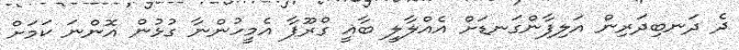
ދެ ދަނބިދަރިން އަލިފާންގަނޑަށް އެއްލާލީ ބާޣީ ގްރޫޕާ އެމީހުންނާ ގުޅުން އޮންނަ ކަމަށް